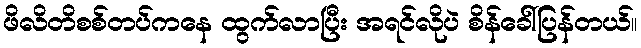
ဖိလိတိစစ်တပ်ကနေ ထွက်လာပြီး အရင်လိုပဲ စိန်ခေါ်ပြန်တယ်။